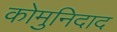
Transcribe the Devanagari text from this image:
कोमुनिदाद